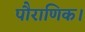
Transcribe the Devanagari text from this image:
पौराणिक।